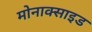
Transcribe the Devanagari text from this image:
मोनाक्साइड